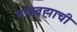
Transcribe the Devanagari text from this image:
नादब्रह्माची